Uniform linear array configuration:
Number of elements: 8
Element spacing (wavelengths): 0.5
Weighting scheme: cosine
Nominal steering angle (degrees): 0
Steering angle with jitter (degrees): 0.7002
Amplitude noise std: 0.05
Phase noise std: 0.05

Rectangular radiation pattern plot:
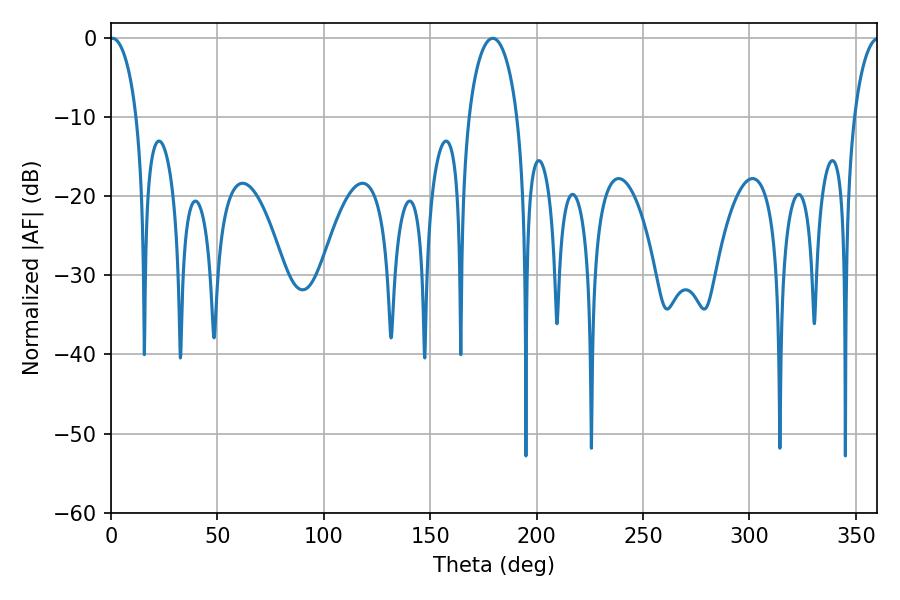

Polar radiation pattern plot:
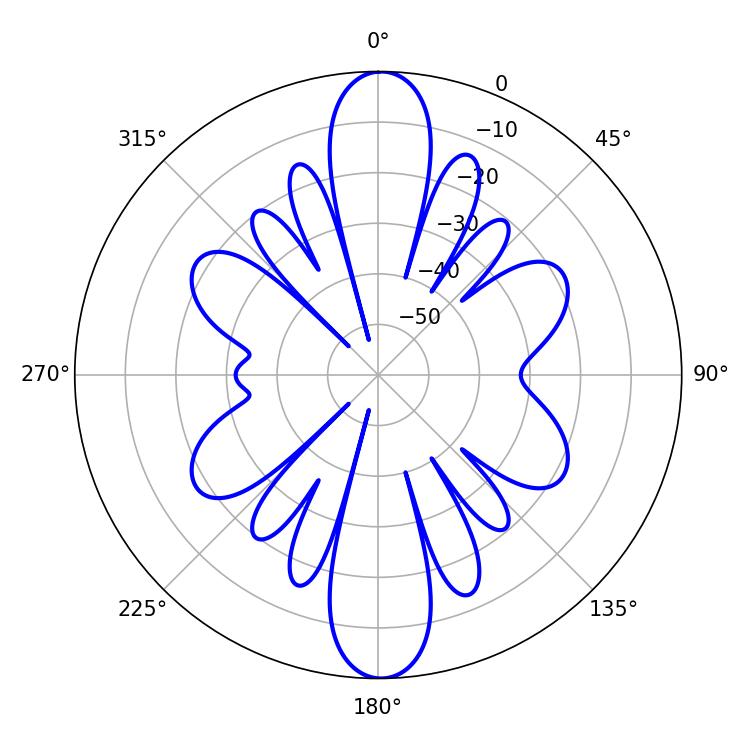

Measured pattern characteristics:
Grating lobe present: FALSE
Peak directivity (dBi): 24.244
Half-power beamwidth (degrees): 7.2
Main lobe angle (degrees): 0.54